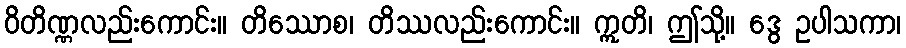
ဝိတိဏ္ဏလည်းကောင်း။ တိဿောစ၊ တိဿလည်းကောင်း။ ဣတိ၊ ဤသို့။ ဒွေ ဥပါသကာ၊